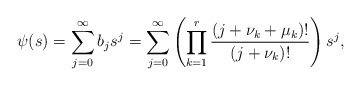
\begin{align*} \psi(s) = \sum_{j=0}^{\infty} b_j s^j = \sum_{j=0}^{\infty} \left( \prod_{k=1}^r \frac{(j+\nu_k+ \mu_k)!}{(j+\nu_k)!} \right) s^j,\end{align*}